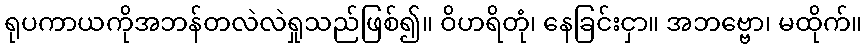
ရုပကာယကိုအဘန်တလဲလဲရှုသည်ဖြစ်၍။ ဝိဟရိတုံ၊ နေခြင်းငှာ။ အဘဗ္ဗော၊ မထိုက်။